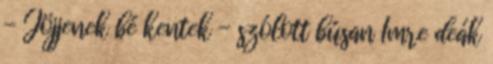
- Jöjjenek bé kentek - szólott búsan Imre deák